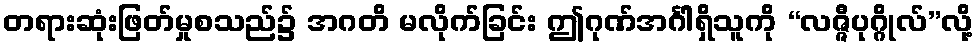
တရားဆုံးဖြတ်မှုစသည်၌ အဂတိ မလိုက်ခြင်း ဤဂုဏ်အင်္ဂါရှိသူကို “လဇ္ဇီပုဂ္ဂိုလ်”လို့